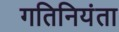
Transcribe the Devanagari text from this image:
गतिनियंता